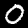
Digit: 0